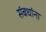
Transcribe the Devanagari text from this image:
संबधांना